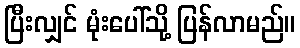
ပြီးလျှင် မုံးပေါ်သို့ ပြန်လာမည်။